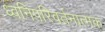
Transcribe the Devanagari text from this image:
ध्वनिपरिवर्तनात्मक